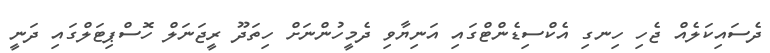
ދެސައިކަލެއް ޖެހި ހިނގި އެކްސިޑެންޓްގައި އަނިޔާވި ދެމީހުންނަށް ހިތަދޫ ރީޖަނަލް ހޮސްޕިޓަލްގައި ދަނީ